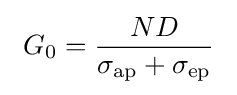
~G_{0}={\frac {ND}{\sigma _{\rm {ap}}+\sigma _{\rm {ep}}}}~